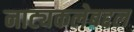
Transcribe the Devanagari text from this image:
नाट्यकलेबद्दल